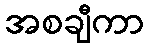
အစချီကာ